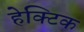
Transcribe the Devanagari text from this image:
हेक्टिक